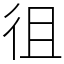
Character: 徂